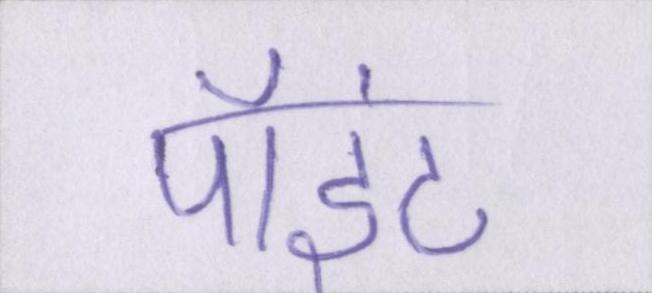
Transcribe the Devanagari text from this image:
पॉइंट